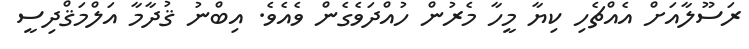
ރަސޫލާއަށް އެއްޗެހި ކިޔާ މީހާ މެރުން ހުއްދަވެގެން ވެއެވެ. އިބްނު ޤުދާމާ އަލްމަޤްދިސީ